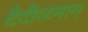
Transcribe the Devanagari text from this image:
दैदीव्य्मान